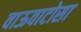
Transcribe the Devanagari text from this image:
वाऊवाटोसा